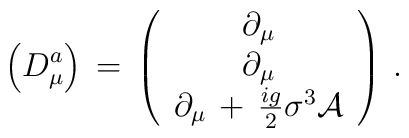
\left( D^a_\mu \right) \, = \,    \left( \begin{array}{c}                  \partial_\mu  \\                  \partial_\mu  \\                  \partial_\mu \, + \, \frac{ig}{2} \sigma^3 \mathcal{A}          \end{array}   \right) \, .